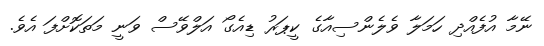
ނޭމާ އުފެއްދި ހަމަލާ ވެލެންސިއާގެ ކީޕަރު ޑިއެގޯ އަލްވޭސް ވަނީ މަތަކޮށްފަ އެވެ.